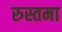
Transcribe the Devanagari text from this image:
रुस्तमा